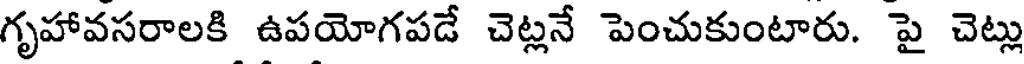
గృహావసరాలకి ఉపయోగపడే చెట్లనే పెంచుకుంటారు. పై చెట్లు